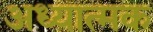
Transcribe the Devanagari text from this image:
अध्यात्मक